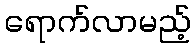
ရောက်လာမည့်